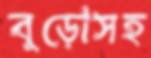
বুড়োসহ